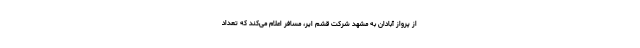
از پرواز آبادان به مشهد شرکت قشم ایر، مسافر اعلام می‌کند که تعداد